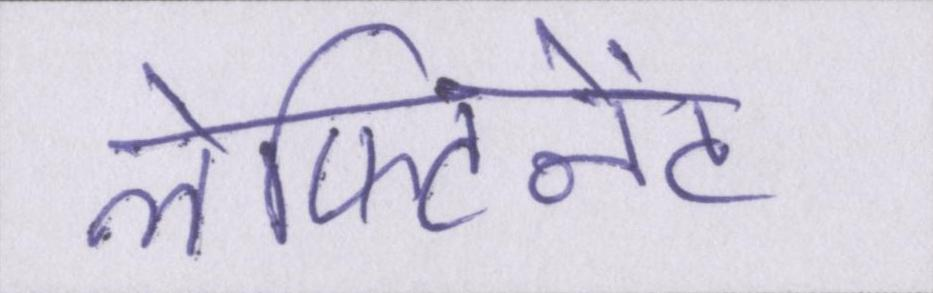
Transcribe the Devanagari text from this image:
लेफ्टिनेंट